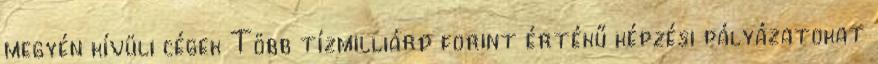
megyén kívüli cégek Több tízmilliárd forint értékű képzési pályázatokat